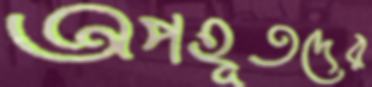
অপহূতদের